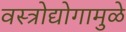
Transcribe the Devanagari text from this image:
वस्त्रोद्योगामुळे